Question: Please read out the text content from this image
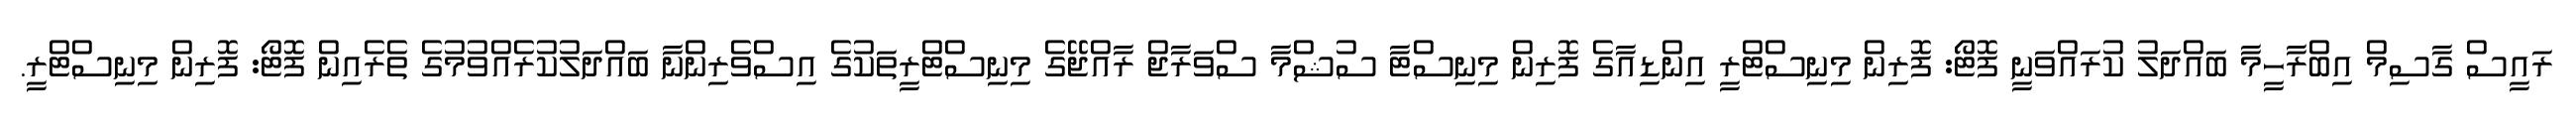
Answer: ރައީސް ގާސިމް އިބްރާހީމާ ބައްދަލު ކުރައްވަނީ ފޮޓޯ: ފޮރިން މިނިސްޓްރީ އިންޑިއާގެ ފޮރިން މިނިސްޓާ ސުޝްމާ ސްވަރާޖް ރާއްޖޭގެ މިނިސްޓްރީތަކުގެ އިސްވެރިންނާ ބައްދަލުކުރެއްވުމުގެ ތެރެއިން ފޮޓޯ: ފޮރިން މިނިސްޓްރީ.